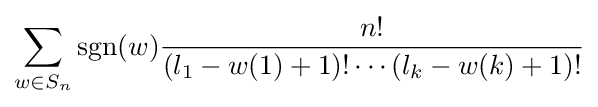
\sum _{w\in S_{n}}\operatorname {sgn}(w){\frac {n!}{(l_{1}-w(1)+1)!\cdots (l_{k}-w(k)+1)!}}